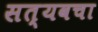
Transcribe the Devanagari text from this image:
सत्यवचा